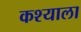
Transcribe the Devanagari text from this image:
कश्याला